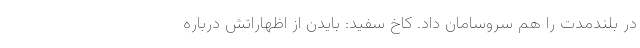
در بلندمدت را هم سروسامان داد. کاخ سفید: بایدن از اظهاراتش درباره